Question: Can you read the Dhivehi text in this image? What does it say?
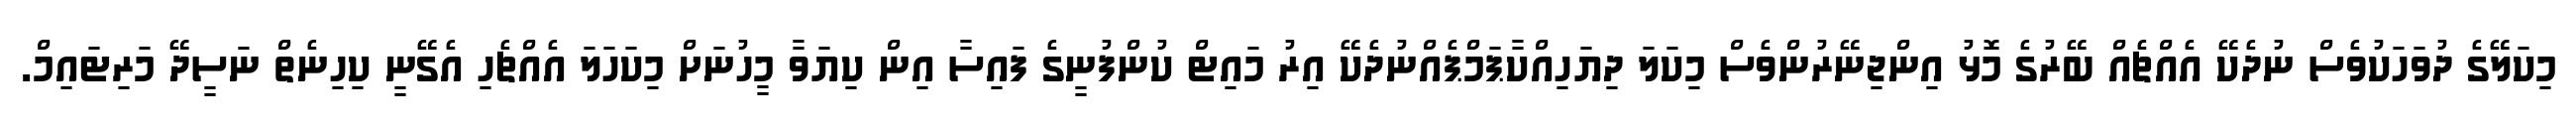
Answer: މިކަލޭގެ ދުވަހަކުވެސް ނުދެކޭ އެއްޗެއް ބޭރުގެ މޮޅު އިންޖިނޭރުންވެސް މިކަލަ ދިޔަހިއްކާޕަމްޕެއްނުދެކޭ އިރު މައިޓް ކުންފުނީގެ ފައިސާ އިން ކިޔަވާ މީހުނަށް މިކަހަލަ އެއްޗެހި އެގޭނީ ކިހިނެތް ނަސީދޭ މަރިޓައިމް.